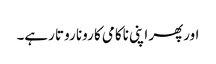
اورپھر اپنی ناکامی کا رونا روتا رہے۔